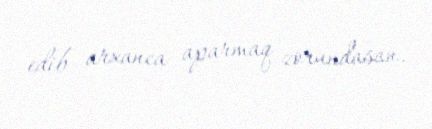
edib arxanca aparmaq zorundasan.